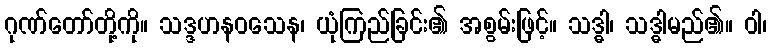
ဂုဏ်တော်တို့ကို။ သဒ္ဒဟနဝသေန၊ ယုံကြည်ခြင်း၏ အစွမ်းဖြင့်။ သဒ္ဓါ၊ သဒ္ဓါမည်၏။ ဝါ၊